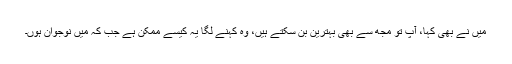
میں نے بھی کہا، آپ تو مجھ سے بھی بہترین بن سکتے ہیں، وہ کہنے لگا یہ کیسے ممکن ہے جب کہ میں نوجوان ہوں۔